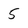
Character: 5